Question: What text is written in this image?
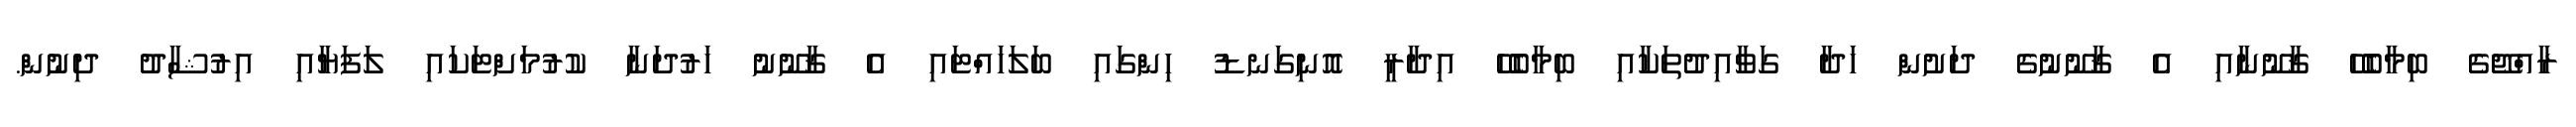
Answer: ރާއްޖޭގެ ބިމާބެހޭ ޤާނޫނާއި އެ ޤާނޫނުގެ ދަށުން ހަދާ ގަވާއިދުތަކާއި ބިމާބެހޭ އިދާރީ އޮނިގަނޑު ހިންގައި ބަލަހައްޓައި އެ ޤާނޫނު ހަރުދަނާ ކުރުމަށްޓަކައި ލަފަޔާއި އިރުޝާދު ދިނުން.